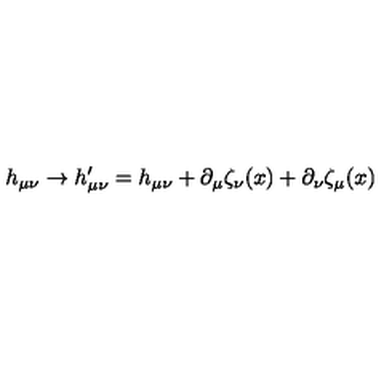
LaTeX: h _ { \mu \nu } \rightarrow h _ { \mu \nu } ^ { \prime } = h _ { \mu \nu } + \partial _ { \mu } \zeta _ { \nu } ( x ) + \partial _ { \nu } \zeta _ { \mu } ( x )